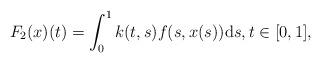
LaTeX: \begin{align*}F_2(x)(t)=\int_0^1 k(t,s)f(s,x(s)) \textup ds, t \in [0,1],\end{align*}